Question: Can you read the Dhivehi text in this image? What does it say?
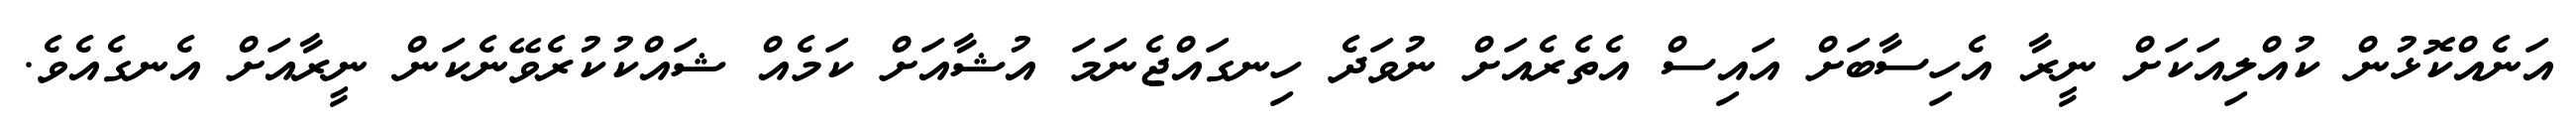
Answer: އަނެއްކޮޅުން ކުއްލިއަކަށް ނީރާ އެހިސާބަށް އައިސް އެތެރެއަށް ނުވަދެ ހިނގައްޖެނަމަ އުޝާއަށް ކަމެއް ޝައްކުކުރެވޭނެކަން ނީރާއަށް އެނގެއެވެ.